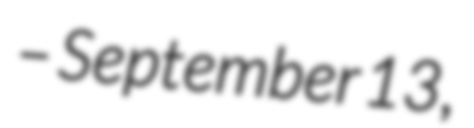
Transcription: – September 13,